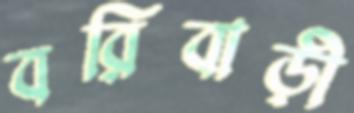
বরিবাড়ী